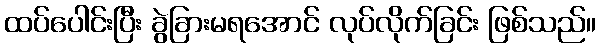
ထပ်ပေါင်းပြီး ခွဲခြားမရအောင် လုပ်လိုက်ခြင်း ဖြစ်သည်။